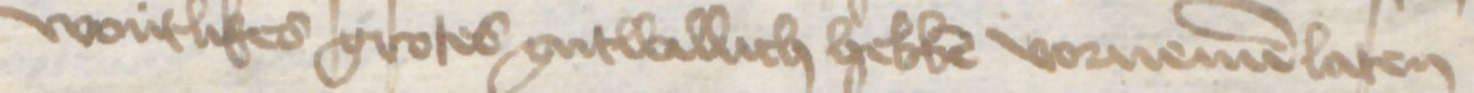
wontlikes grotes gutwillich hebben vornemen laten